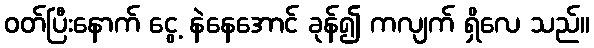
ဝတ်ပြီးနောက် ငွေ့ နဲနေအောင် ခုန်၍ ကလျက် ရှိလေ သည်။